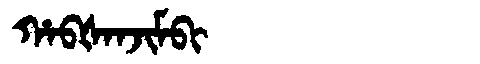
Manchu: ᡥᠠᠪᡧᠠᠨᠵᡳᠮᠪᡳ
Romanization: HABŠANJIMBI